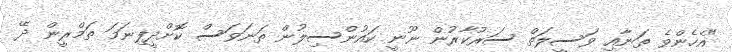
"އެހެންވެ ތަނާއި ވަސީލަތް ސަރުކާރުން ނޫނީ ކައުންސިލުން ތަނަވަސް ކޮށްދީފިނަމަ ތަމްރީން ދޭ